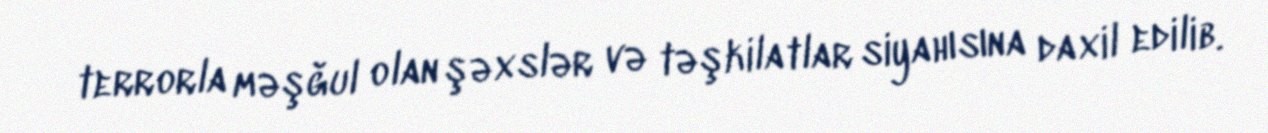
terrorla məşğul olan şəxslər və təşkilatlar siyahısına daxil edilib.